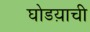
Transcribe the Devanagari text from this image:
घोडय़ाची